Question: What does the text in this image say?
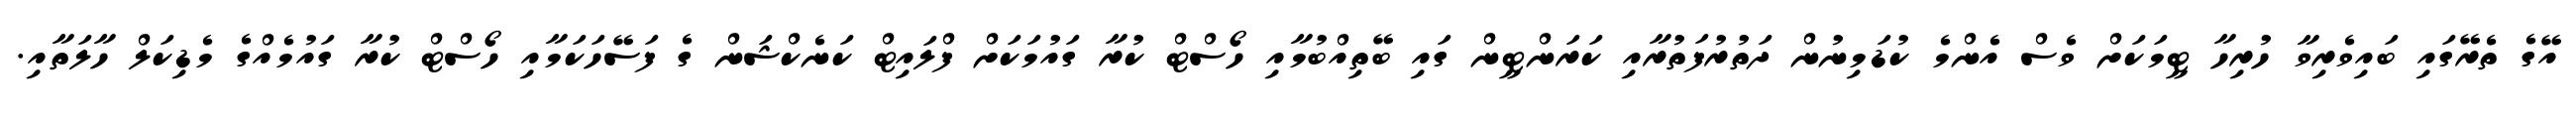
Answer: އޭގެ ތެރޭގައި ބައިވެރިވާ ހުރިހާ ޓީމަކަށް ވެސް އެންމެ ކުޑަމިނުން ދަތުރުފަތުރާއި ކަރަންޓީން ގައި ބޭތިއްބުމާއި ހޯސްޓް ކުރާ ގައުމަކަށް ފްލައިޓް ކަނެކްޝަން ގެ ފަސޭހަކަމާއި ހޯސްޓް ކުރާ ގައުމެއްގެ މެޑިކަލް ހާލަތާއި.